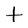
Character: t